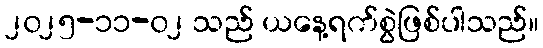
၂၀၂၅-၁၁-၀၂ သည် ယနေ့ရက်စွဲဖြစ်ပါသည်။